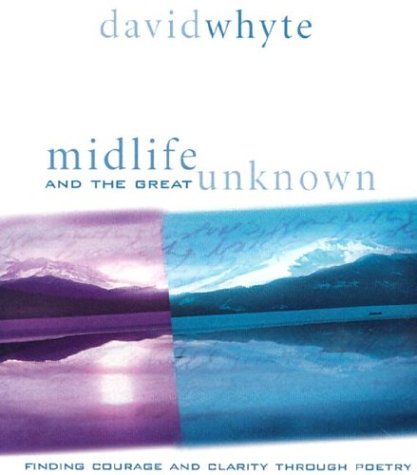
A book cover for Midlife and the Great Unknown; David Whyte; Self-Help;